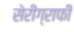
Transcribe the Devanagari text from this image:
सेरीग्राफी